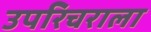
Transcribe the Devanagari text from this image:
उपरिचराला